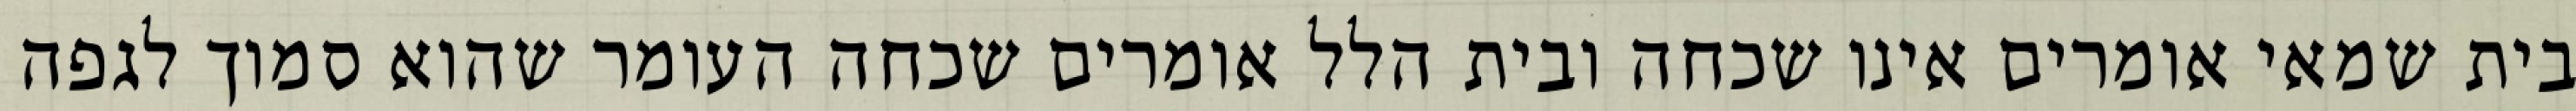
בית שמאי אומרים אינו שכחה ובית הלל אומרים שכחה העומר שהוא סמוך לגפה